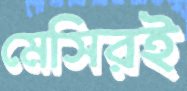
মেসিরই